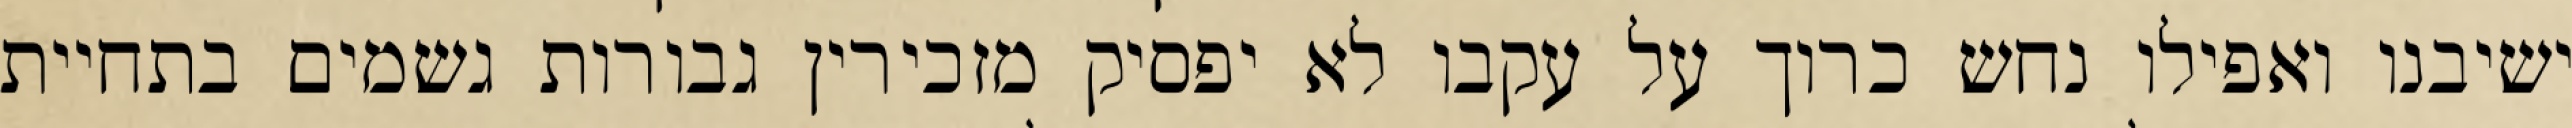
ישיבנו ואפילו נחש כרוך על עקבו לא יפסיק מזכירין גבורות גשמים בתחיית